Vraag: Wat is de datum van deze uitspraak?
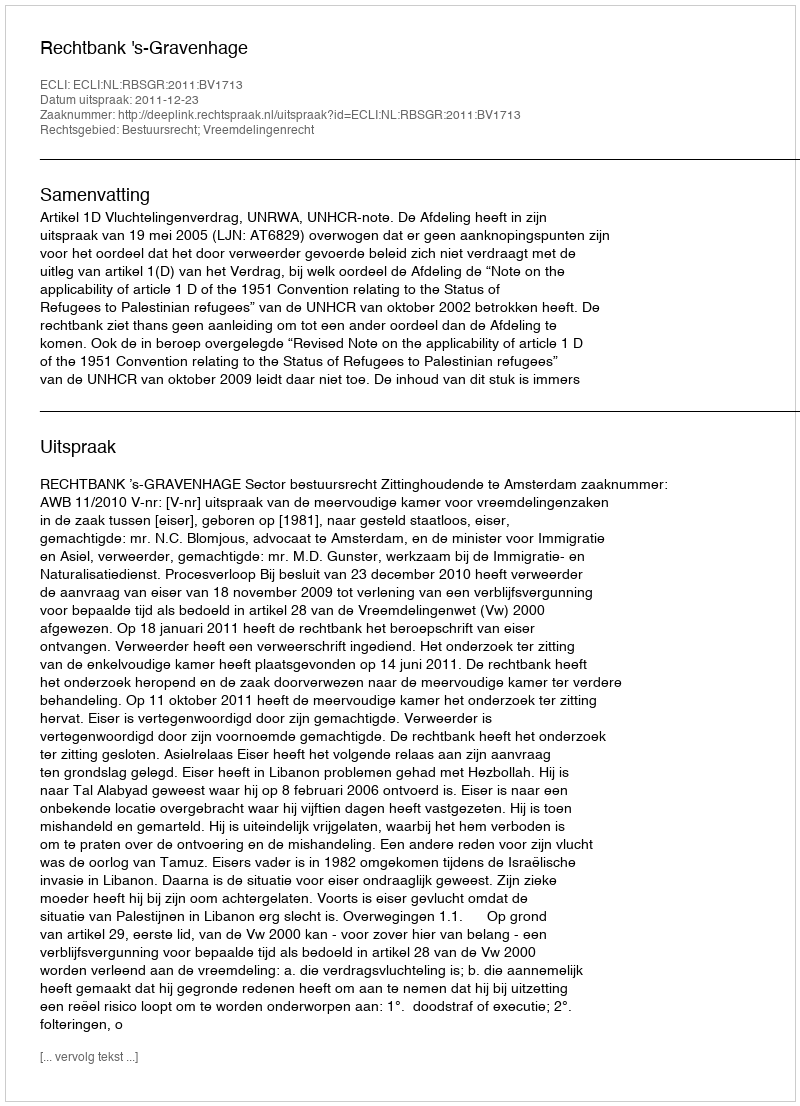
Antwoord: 2011-12-23